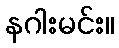
နဂါးမင်း။